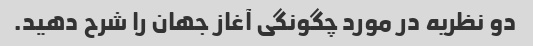
دو نظریه در مورد چگونگی آغاز جهان را شرح دهید.